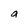
Character: a